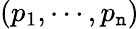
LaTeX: (p_{1},\cdots,p_{\mathtt{n}})